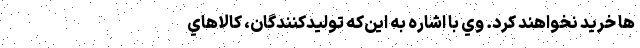
ها خريد نخواهند كرد. وي با اشاره به اين‌كه توليدكنندگان، كالاهاي